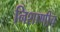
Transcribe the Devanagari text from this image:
निशाणीच